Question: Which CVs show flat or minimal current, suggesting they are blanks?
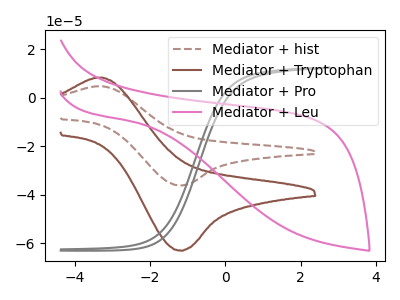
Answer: <think>The brown dashed curve "Mediator + hist" has an anodic peak at (-3.25V, 4.80uA) and a cathodic peak at (-1.20V, -36.10uA). The brown curve "Mediator + Tryptophan" has an anodic peak at (-3.25V, 8.35uA) and a cathodic peak at (-1.20V, -63.00uA). The gray curve "Mediator + Pro" has no peaks. The pink curve "Mediator + Leu" has no peaks.</think>
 <answer>"Mediator + Pro" and "Mediator + Leu" are likely to be blanks.</answer>
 <eval>"Mediator + Pro", "Mediator + Leu"</eval>